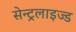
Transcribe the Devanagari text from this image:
सेन्ट्रलाइज्ड